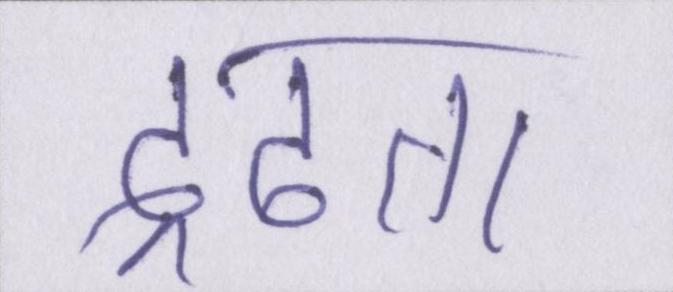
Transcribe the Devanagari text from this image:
द्रढता